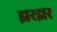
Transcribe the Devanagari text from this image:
झरझर